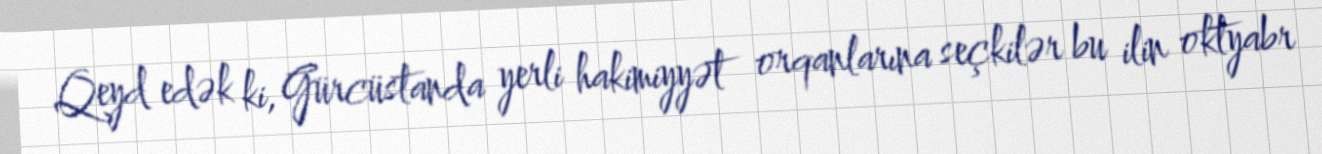
Qeyd edək ki, Gürcüstanda yerli hakimiyyət orqanlarına seçkilər bu ilin oktyabr